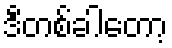
ဒီတစ်ခါတော့